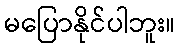
မပြောနိုင်ပါဘူး။